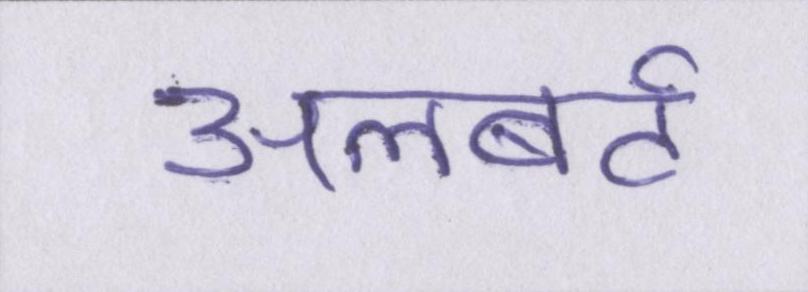
अलबर्ट